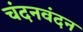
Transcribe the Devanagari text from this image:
चंदनवंदन